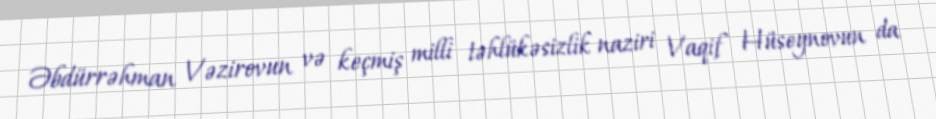
Əbdürrəhman Vəzirovun və keçmiş milli təhlükəsizlik naziri Vaqif Hüseynovun da